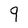
Character: 9